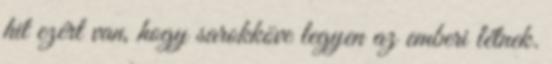
hit ezért van, hogy sarokköve legyen az emberi létnek.